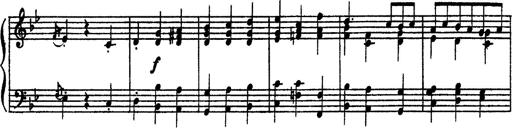
Title: Sarabande und Chaconne aus dem Singspiel
Composer: Franz Liszt